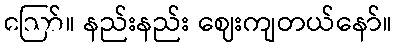
ဪ။ နည်းနည်း ဈေးကျတယ်နော်။